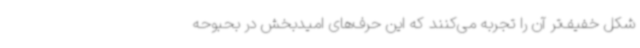
شکل خفیف‌تر آن را تجربه می‌کنند که این حرف‌های امیدبخش در بحبوحه